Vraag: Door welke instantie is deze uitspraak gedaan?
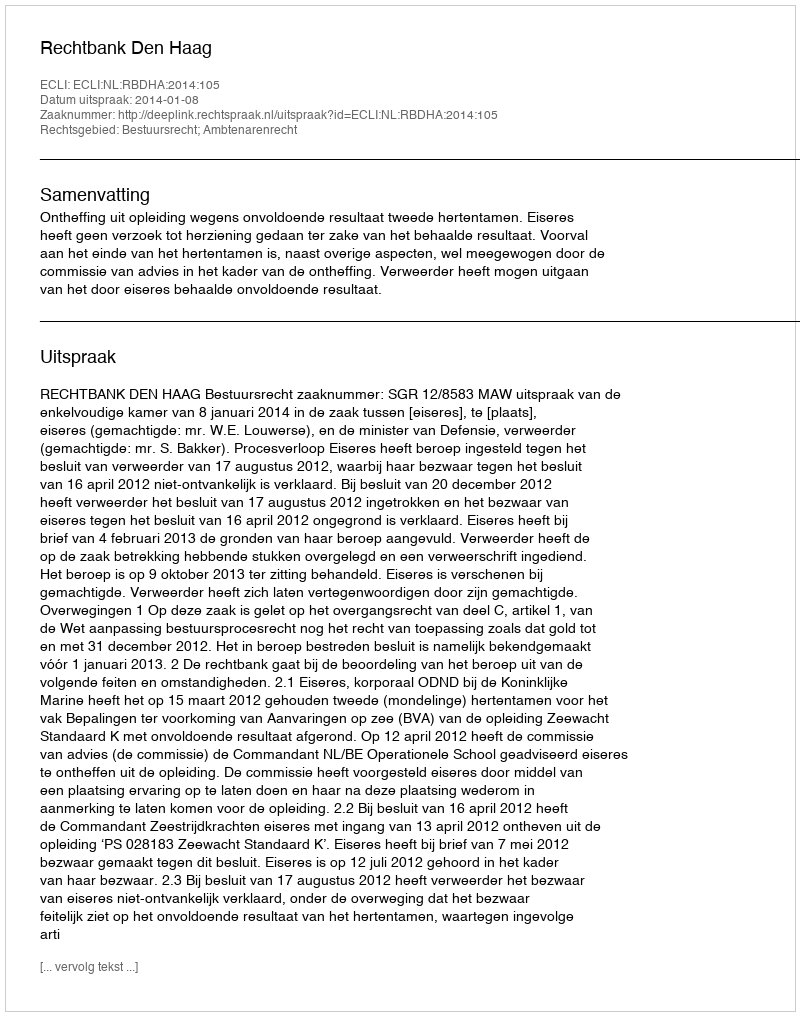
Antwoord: Rechtbank Den Haag